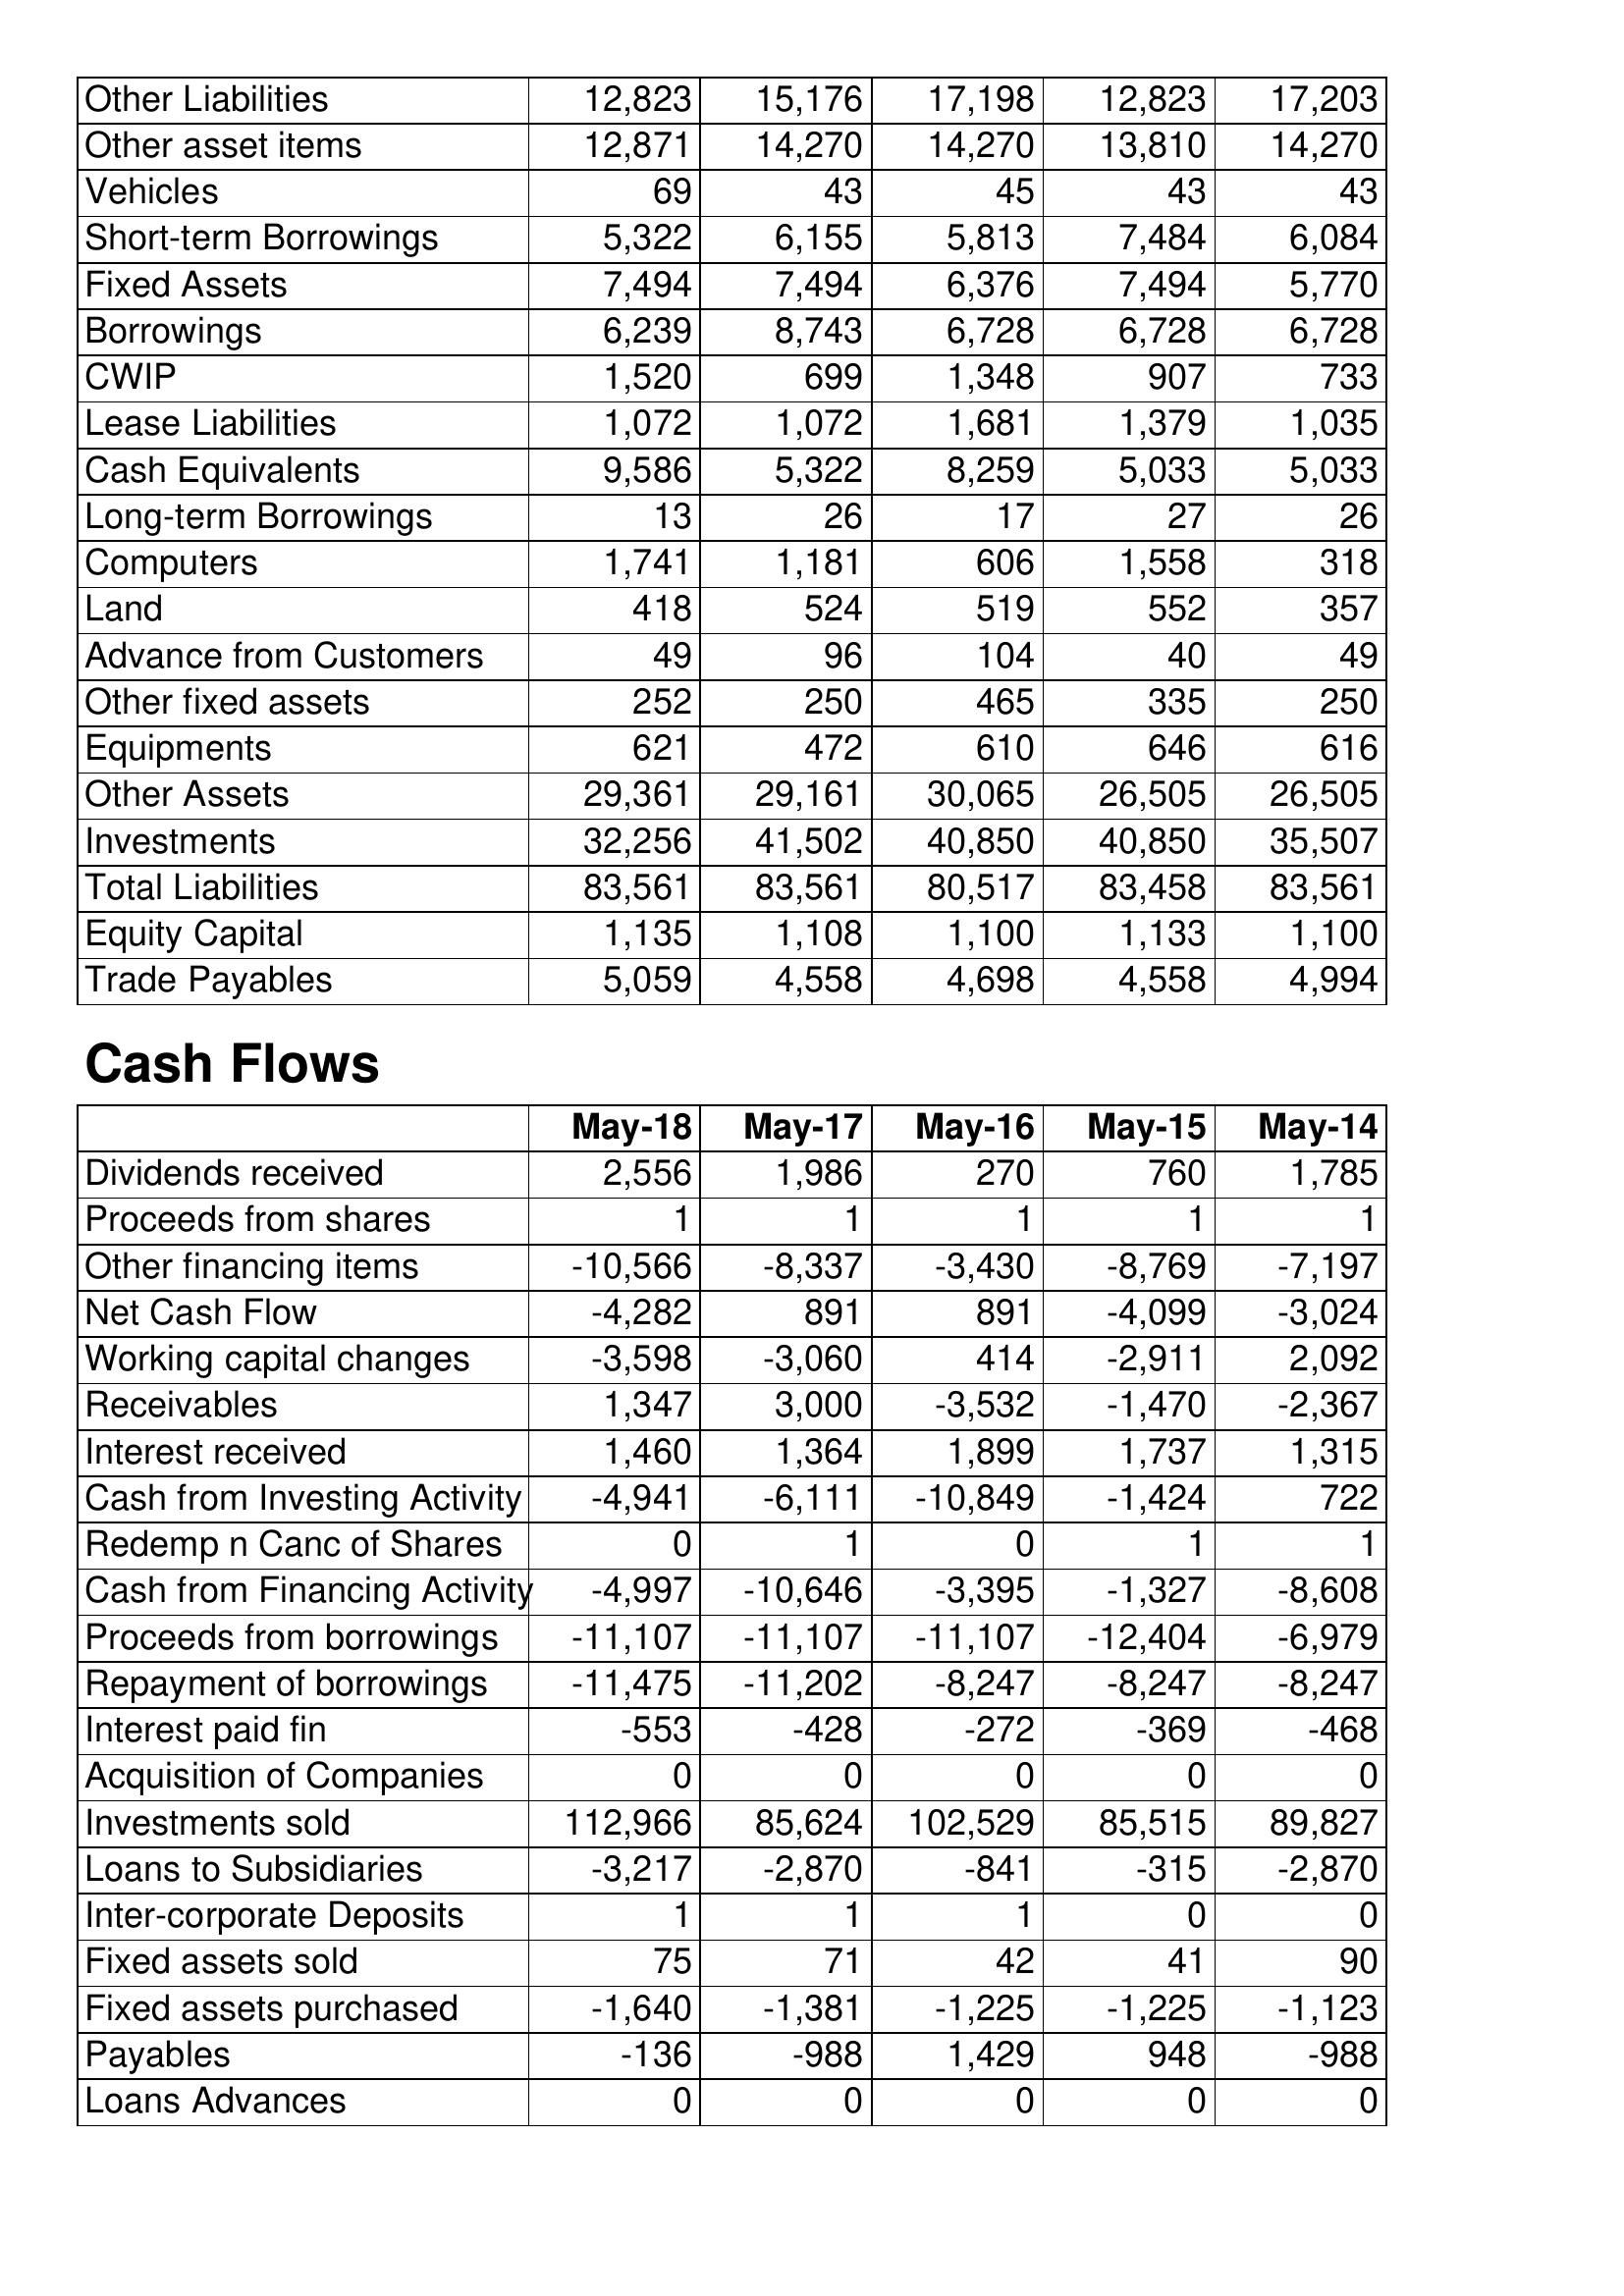
May-18: Balance Sheet: Other Liabilities: 12,823
Other asset items: 12,871
Vehicles: 69
Short-term Borrowings: 5,322
Fixed Assets: 7,494
Borrowings: 6,239
CWIP: 1,520
Lease Liabilities: 1,072
Cash Equivalents: 9,586
Long-term Borrowings: 13
Computers: 1,741
Land: 418
Advance from Customers: 49
Other fixed assets: 252
Equipments: 621
Other Assets: 29,361
Investments: 32,256
Total Liabilities: 83,561
Equity Capital: 1,135
Trade Payables: 5,059
Cash Flows: Dividends received: 2,556
Proceeds from shares: 1
Other financing items: -10,566
Net Cash Flow: -4,282
Working capital changes: -3,598
Receivables: 1,347
Interest received: 1,460
Cash from Investing Activity: -4,941
Redemp n Canc of Shares: 0
Cash from Financing Activity: -4,997
Proceeds from borrowings: -11,107
Repayment of borrowings: -11,475
Interest paid fin: -553
Acquisition of Companies: 0
Investments sold: 112,966
Loans to Subsidiaries: -3,217
Inter-corporate Deposits: 1
Fixed assets sold: 75
Fixed assets purchased: -1,640
Payables: -136
Loans Advances: 0
May-17: Balance Sheet: Other Liabilities: 15,176
Other asset items: 14,270
Vehicles: 43
Short-term Borrowings: 6,155
Fixed Assets: 7,494
Borrowings: 8,743
CWIP: 699
Lease Liabilities: 1,072
Cash Equivalents: 5,322
Long-term Borrowings: 26
Computers: 1,181
Land: 524
Advance from Customers: 96
Other fixed assets: 250
Equipments: 472
Other Assets: 29,161
Investments: 41,502
Total Liabilities: 83,561
Equity Capital: 1,108
Trade Payables: 4,558
Cash Flows: Dividends received: 1,986
Proceeds from shares: 1
Other financing items: -8,337
Net Cash Flow: 891
Working capital changes: -3,060
Receivables: 3,000
Interest received: 1,364
Cash from Investing Activity: -6,111
Redemp n Canc of Shares: 1
Cash from Financing Activity: -10,646
Proceeds from borrowings: -11,107
Repayment of borrowings: -11,202
Interest paid fin: -428
Acquisition of Companies: 0
Investments sold: 85,624
Loans to Subsidiaries: -2,870
Inter-corporate Deposits: 1
Fixed assets sold: 71
Fixed assets purchased: -1,381
Payables: -988
Loans Advances: 0
May-16: Balance Sheet: Other Liabilities: 17,198
Other asset items: 14,270
Vehicles: 45
Short-term Borrowings: 5,813
Fixed Assets: 6,376
Borrowings: 6,728
CWIP: 1,348
Lease Liabilities: 1,681
Cash Equivalents: 8,259
Long-term Borrowings: 17
Computers: 606
Land: 519
Advance from Customers: 104
Other fixed assets: 465
Equipments: 610
Other Assets: 30,065
Investments: 40,850
Total Liabilities: 80,517
Equity Capital: 1,100
Trade Payables: 4,698
Cash Flows: Dividends received: 270
Proceeds from shares: 1
Other financing items: -3,430
Net Cash Flow: 891
Working capital changes: 414
Receivables: -3,532
Interest received: 1,899
Cash from Investing Activity: -10,849
Redemp n Canc of Shares: 0
Cash from Financing Activity: -3,395
Proceeds from borrowings: -11,107
Repayment of borrowings: -8,247
Interest paid fin: -272
Acquisition of Companies: 0
Investments sold: 102,529
Loans to Subsidiaries: -841
Inter-corporate Deposits: 1
Fixed assets sold: 42
Fixed assets purchased: -1,225
Payables: 1,429
Loans Advances: 0
May-15: Balance Sheet: Other Liabilities: 12,823
Other asset items: 13,810
Vehicles: 43
Short-term Borrowings: 7,484
Fixed Assets: 7,494
Borrowings: 6,728
CWIP: 907
Lease Liabilities: 1,379
Cash Equivalents: 5,033
Long-term Borrowings: 27
Computers: 1,558
Land: 552
Advance from Customers: 40
Other fixed assets: 335
Equipments: 646
Other Assets: 26,505
Investments: 40,850
Total Liabilities: 83,458
Equity Capital: 1,133
Trade Payables: 4,558
Cash Flows: Dividends received: 760
Proceeds from shares: 1
Other financing items: -8,769
Net Cash Flow: -4,099
Working capital changes: -2,911
Receivables: -1,470
Interest received: 1,737
Cash from Investing Activity: -1,424
Redemp n Canc of Shares: 1
Cash from Financing Activity: -1,327
Proceeds from borrowings: -12,404
Repayment of borrowings: -8,247
Interest paid fin: -369
Acquisition of Companies: 0
Investments sold: 85,515
Loans to Subsidiaries: -315
Inter-corporate Deposits: 0
Fixed assets sold: 41
Fixed assets purchased: -1,225
Payables: 948
Loans Advances: 0
May-14: Balance Sheet: Other Liabilities: 17,203
Other asset items: 14,270
Vehicles: 43
Short-term Borrowings: 6,084
Fixed Assets: 5,770
Borrowings: 6,728
CWIP: 733
Lease Liabilities: 1,035
Cash Equivalents: 5,033
Long-term Borrowings: 26
Computers: 318
Land: 357
Advance from Customers: 49
Other fixed assets: 250
Equipments: 616
Other Assets: 26,505
Investments: 35,507
Total Liabilities: 83,561
Equity Capital: 1,100
Trade Payables: 4,994
Cash Flows: Dividends received: 1,785
Proceeds from shares: 1
Other financing items: -7,197
Net Cash Flow: -3,024
Working capital changes: 2,092
Receivables: -2,367
Interest received: 1,315
Cash from Investing Activity: 722
Redemp n Canc of Shares: 1
Cash from Financing Activity: -8,608
Proceeds from borrowings: -6,979
Repayment of borrowings: -8,247
Interest paid fin: -468
Acquisition of Companies: 0
Investments sold: 89,827
Loans to Subsidiaries: -2,870
Inter-corporate Deposits: 0
Fixed assets sold: 90
Fixed assets purchased: -1,123
Payables: -988
Loans Advances: 0